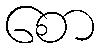
စော